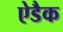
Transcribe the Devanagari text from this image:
ऐडैक